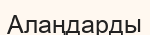
Алаңдарды